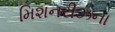
મિશનરીઝના